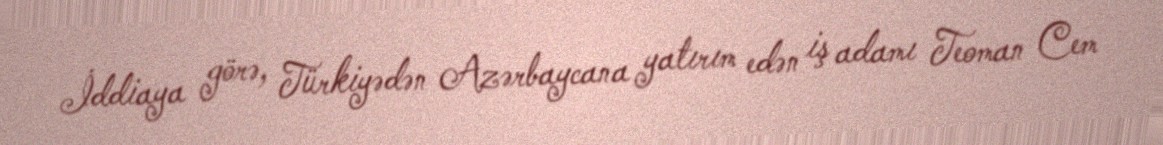
İddiaya görə, Türkiyədən Azərbaycana yatırım edən iş adamı Teoman Cem